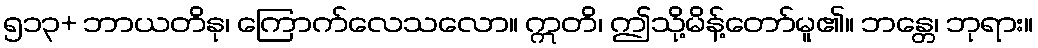
၅၁၃+ ဘာယတိနု၊ ကြောက်လေသလော။ ဣတိ၊ ဤသို့မိန့်တော်မူ၏။ ဘန္တေ၊ ဘုရား။